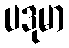
ပဒုမာ